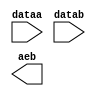
module alu_forward_compare_a (
	dataa,
	datab,
	aeb);

	input	[4:0]  dataa;
	input	[4:0]  datab;
	output	  aeb;

endmodule